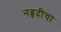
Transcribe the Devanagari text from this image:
नव्वदीचा